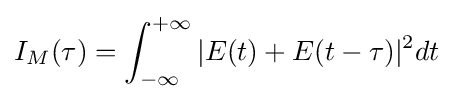
I_{M}(\tau )=\int _{-\infty }^{+\infty }|E(t)+E(t-\tau )|^{2}dt